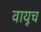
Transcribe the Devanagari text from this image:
वायूच